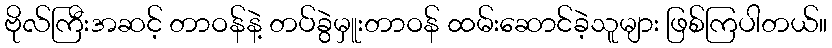
ဗိုလ်ကြီးအဆင့် တာဝန်နဲ့ တပ်ခွဲမှူးတာဝန် ထမ်းဆောင်ခဲ့သူများ ဖြစ်ကြပါတယ်။